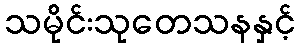
သမိုင်းသုတေသနနှင့်